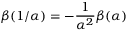
\beta ( 1 / \alpha ) = - \frac { 1 } { \alpha ^ { 2 } } \beta ( \alpha )